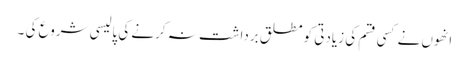
انھوں نے کسی قسم کی زیادتی کو مطلق برداشت نہ کرنے کی پالیسی شروع کی ۔